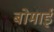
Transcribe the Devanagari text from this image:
बोमाई